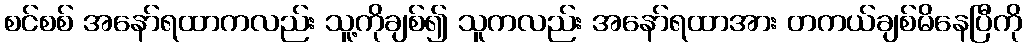
စင်စစ် အနော်ရထာကလည်း သူ့ကိုချစ်၍ သူကလည်း အနော်ရထာအား တကယ်ချစ်မိနေပြီကို